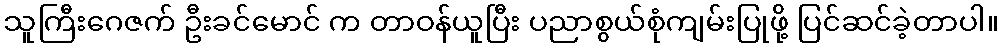
သူကြီးဂေဇက် ဦးခင်မောင် က တာဝန်ယူပြီး ပညာစွယ်စုံကျမ်းပြုဖို့ ပြင်ဆင်ခဲ့တာပါ။